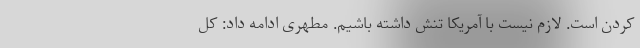
کردن است. لازم نیست با آمریکا تنش داشته باشیم. مطهری ادامه داد: کل